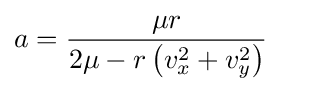
a={\frac {\mu r}{2\mu -r\left(v_{x}^{2}+v_{y}^{2}\right)}}\quad